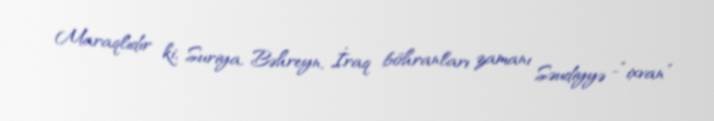
Maraqlıdır ki, Suriya, Bəhreyn, İraq böhranları zamanı Səudiyyə -“ixvan”